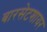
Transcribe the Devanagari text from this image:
बारसेटशायर